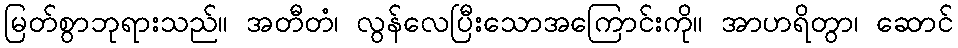
မြတ်စွာဘုရားသည်။ အတီတံ၊ လွန်လေပြီးသောအကြောင်းကို။ အာဟရိတွာ၊ ဆောင်